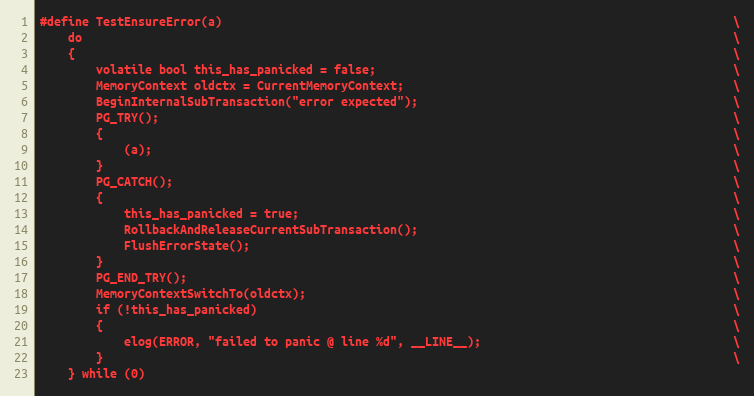
Language: C
#define TestEnsureError(a)                                                                         \
	do                                                                                             \
	{                                                                                              \
		volatile bool this_has_panicked = false;                                                   \
		MemoryContext oldctx = CurrentMemoryContext;                                               \
		BeginInternalSubTransaction("error expected");                                             \
		PG_TRY();                                                                                  \
		{                                                                                          \
			(a);                                                                                   \
		}                                                                                          \
		PG_CATCH();                                                                                \
		{                                                                                          \
			this_has_panicked = true;                                                              \
			RollbackAndReleaseCurrentSubTransaction();                                             \
			FlushErrorState();                                                                     \
		}                                                                                          \
		PG_END_TRY();                                                                              \
		MemoryContextSwitchTo(oldctx);                                                             \
		if (!this_has_panicked)                                                                    \
		{                                                                                          \
			elog(ERROR, "failed to panic @ line %d", __LINE__);                                    \
		}                                                                                          \
	} while (0)